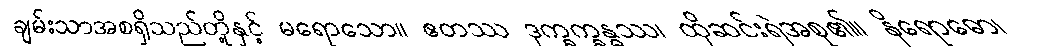
ချမ်းသာအစရှိသည်တို့နှင့် မရောသော။ ဧတဿ ဒုက္ခက္ခန္ဓဿ၊ ထိုဆင်းရဲအစု၏။ နိရောဓော၊